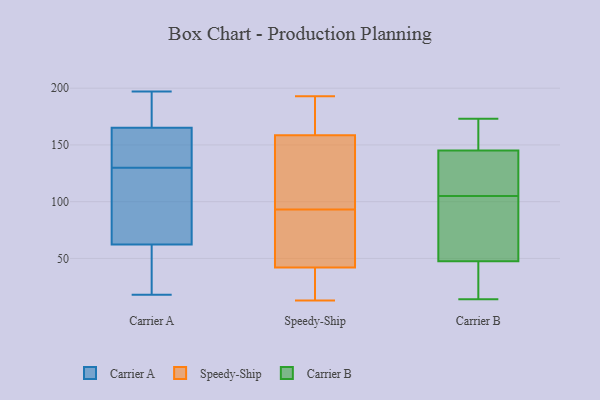
{"axis": {"x": "Bounce Rate (%)", "y": "Value"}, "legend": ["Carrier A", "Carrier B", "Speedy-Ship"], "data": [{"x": "", "y": 113, "type": "Carrier A"}, {"x": "", "y": 136, "type": "Carrier A"}, {"x": "", "y": 29, "type": "Carrier A"}, {"x": "", "y": 48, "type": "Carrier A"}, {"x": "", "y": 134, "type": "Carrier A"}, {"x": "", "y": 130, "type": "Carrier A"}, {"x": "", "y": 197, "type": "Carrier A"}, {"x": "", "y": 193, "type": "Carrier A"}, {"x": "", "y": 131, "type": "Carrier A"}, {"x": "", "y": 175, "type": "Carrier A"}, {"x": "", "y": 122, "type": "Carrier A"}, {"x": "", "y": 18, "type": "Carrier A"}, {"x": "", "y": 185, "type": "Carrier A"}, {"x": "", "y": 61, "type": "Carrier A"}, {"x": "", "y": 66, "type": "Carrier A"}, {"x": "", "y": 133, "type": "Speedy-Ship"}, {"x": "", "y": 184, "type": "Speedy-Ship"}, {"x": "", "y": 148, "type": "Speedy-Ship"}, {"x": "", "y": 80, "type": "Speedy-Ship"}, {"x": "", "y": 33, "type": "Speedy-Ship"}, {"x": "", "y": 39, "type": "Speedy-Ship"}, {"x": "", "y": 37, "type": "Speedy-Ship"}, {"x": "", "y": 54, "type": "Speedy-Ship"}, {"x": "", "y": 141, "type": "Speedy-Ship"}, {"x": "", "y": 66, "type": "Speedy-Ship"}, {"x": "", "y": 45, "type": "Speedy-Ship"}, {"x": "", "y": 13, "type": "Speedy-Ship"}, {"x": "", "y": 170, "type": "Speedy-Ship"}, {"x": "", "y": 46, "type": "Speedy-Ship"}, {"x": "", "y": 181, "type": "Speedy-Ship"}, {"x": "", "y": 24, "type": "Speedy-Ship"}, {"x": "", "y": 193, "type": "Speedy-Ship"}, {"x": "", "y": 153, "type": "Speedy-Ship"}, {"x": "", "y": 164, "type": "Speedy-Ship"}, {"x": "", "y": 106, "type": "Speedy-Ship"}, {"x": "", "y": 166, "type": "Carrier B"}, {"x": "", "y": 14, "type": "Carrier B"}, {"x": "", "y": 148, "type": "Carrier B"}, {"x": "", "y": 69, "type": "Carrier B"}, {"x": "", "y": 155, "type": "Carrier B"}, {"x": "", "y": 100, "type": "Carrier B"}, {"x": "", "y": 71, "type": "Carrier B"}, {"x": "", "y": 142, "type": "Carrier B"}, {"x": "", "y": 139, "type": "Carrier B"}, {"x": "", "y": 141, "type": "Carrier B"}, {"x": "", "y": 136, "type": "Carrier B"}, {"x": "", "y": 30, "type": "Carrier B"}, {"x": "", "y": 104, "type": "Carrier B"}, {"x": "", "y": 160, "type": "Carrier B"}, {"x": "", "y": 62, "type": "Carrier B"}, {"x": "", "y": 27, "type": "Carrier B"}, {"x": "", "y": 14, "type": "Carrier B"}, {"x": "", "y": 173, "type": "Carrier B"}, {"x": "", "y": 33, "type": "Carrier B"}, {"x": "", "y": 106, "type": "Carrier B"}]}